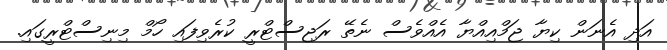
އަދި އެނަން ކިޔާ ޖަމްއިއްޔާ އެއްވެސް ނެތޭ ރަޖިސްޓްރީ ކުރެވިފައި ހޯމް މިނިސްޓްރީގައި.